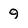
Character: 9